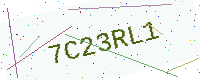
Text: 7C23RL1